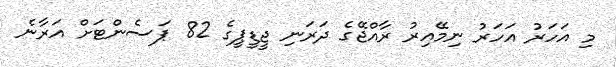
މި އަހަރު އަހަރު ނިމޭއިރު ރާއްޖޭގެ ދަރަނި ޖީޑީޕީގެ 82 ޕަސެންޓަށް އަރާނެ